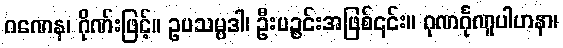
ဂဏေန၊ ဂိုဏ်းဖြင့်။ ဥပသမ္ပဒါ၊ ဦးပဉ္စင်းအဖြစ်၎င်း။ ဂုဏင်္ဂုဏူပါဟနာ၊